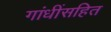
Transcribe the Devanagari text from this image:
गांधींसहित